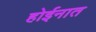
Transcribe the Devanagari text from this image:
होईनात